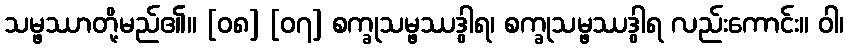
သမ္ဖဿာတို့မည်၏။ [၀၈] [၀၇] စက္ခုသမ္ဖဿဒွါရ၊ စက္ခုသမ္ဖဿဒွါရ လည်းကောင်း။ ဝါ၊